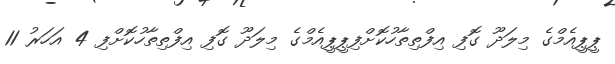
ޕީޕީއެމްގެ މިލަދޫ ގޮފި އިފްތިތާހުކޮށްފިޕީޕީއެމްގެ މިލަދޫ ގޮފި އިފްތިތާހުކޮށްފި 4 އަހަރު 11